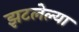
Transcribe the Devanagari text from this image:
झटलेल्या